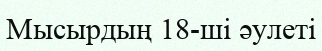
Мысырдың 18-ші әулеті